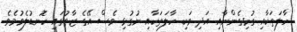
ހާލަތަކާއި ގުޅިގެންނާއި އަދި ވަކި ހާލަތަކާއި ނުގުޅި ވެސް އޭގެ ޒާތުގައި ހޮނޑުލެވުމެވެ.